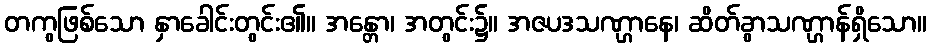
တကွဖြစ်သော နှာခေါင်းတွင်း၏။ အန္တော၊ အတွင်း၌။ အဇပဒသဏ္ဌာနေ၊ ဆိတ်ခွာသဏ္ဌာန်ရှိသော။